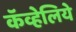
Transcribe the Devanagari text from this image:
कॅव्हेलिये